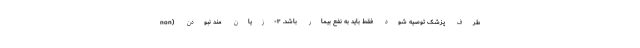
طرف پزشک توصیه شود فقط باید به نفع بیمار باشد. ۳-زیان مند نبودن (non